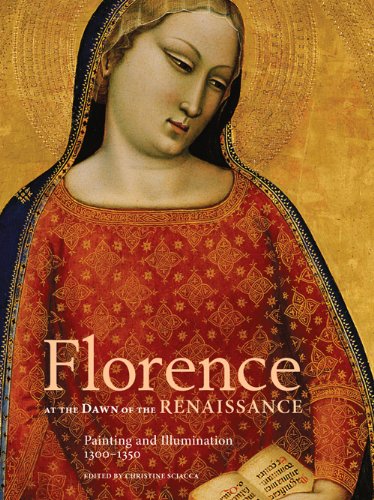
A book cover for Florence at the Dawn of the Renaissance: Painting and Illumination, 1300-1350; Arts & Photography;